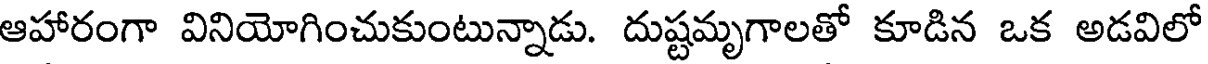
ఆహారంగా వినియోగించుకుంటున్నాడు. దుష్టమృగాలతో కూడిన ఒక అడవిలో